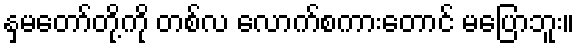
နှမတော်တို့ကို တစ်လ လောက်စကားတောင် မပြောဘူး။